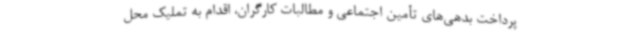
پرداخت بدهی‌های تأمین اجتماعی و مطالبات کارگران، اقدام به تملیک محل